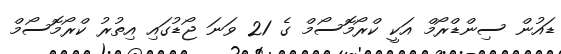
ޑައުން ސިންޑްރޯމް އަކީ ކްރޯމޮސޯމް ގެ 21 ވަނަ ޖޯޑުގައި އިތުރު ކްރޯމޮސޯމް